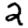
Digit: 2